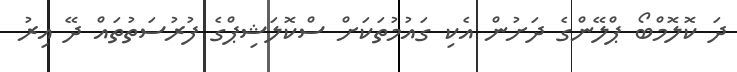
ދަ ކޮލޮމްބޯ ޕްލޭންގެ ދަށުން އެކި ގައުމުތަކަށް ސްކޮލަޝިޕްގެ ފުރުސަތުތައް ދޭ އިރު